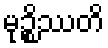
မုဉ္စိဿတိ